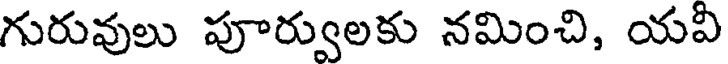
గురువులు పూర్వులకు నమించి, యవి